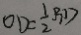
O D = \frac { 1 } { 2 } B D